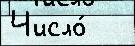
Число́